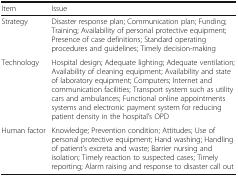
| Item | Issue |
 | --- | --- |
 | Strategy | Disaster response plan; Communication plan; Funding; Training; Availability of personal protective equipment; Presence of case definitions; Standard operating procedures and guidelines; Timely decision-making |
 | Technology | Hospital design; Adequate lighting; Adequate ventilation; Availability of cleaning equipment; Availability and state of laboratory equipment; Computers; Internet and communication facilities; Transport system such as utility cars and ambulances; Functional online appointments systems and electronic payment system for reducing patient density in the hospital’s OPD |
 | Human factor | Knowledge; Prevention condition; Attitudes; Use of personal protective equipment; Hand washing; Handling of patient’s excreta and waste; Barrier nursing and isolation; Timely reaction to suspected cases; Timely reporting; Alarm raising and response to disaster call out |